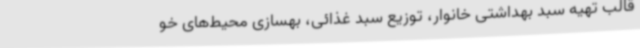
قالب تهیه سبد بهداشتی خانوار، توزیع سبد غذائی، بهسازی محیط‌های خو